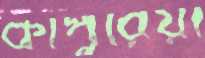
কাপুরিয়া